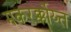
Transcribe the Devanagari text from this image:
मकरर्क्कोय्त्त